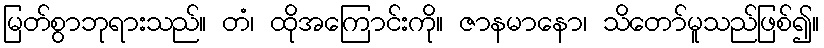
မြတ်စွာဘုရားသည်။ တံ၊ ထိုအကြောင်းကို။ ဇာနမာနော၊ သိတော်မူသည်ဖြစ်၍။